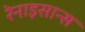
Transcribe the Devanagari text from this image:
रेनाइसान्स